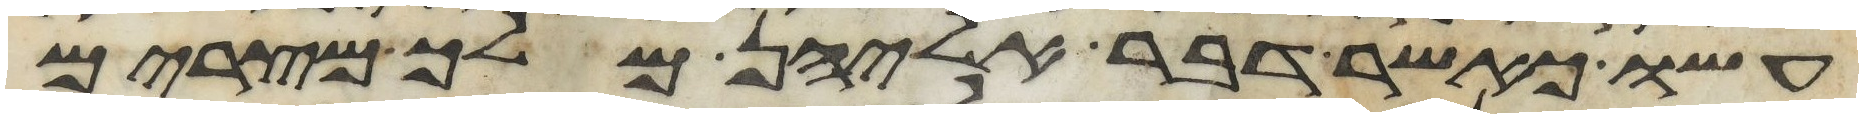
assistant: עשו כאשר דבר אליהן מלך מצרים